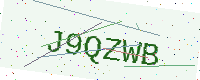
Text: J9QZWB